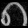
Digit: ၈